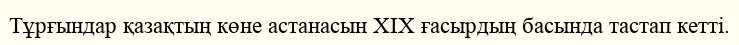
Тұрғындар қазақтың көне астанасын XIX ғасырдың басында тастап кетті.